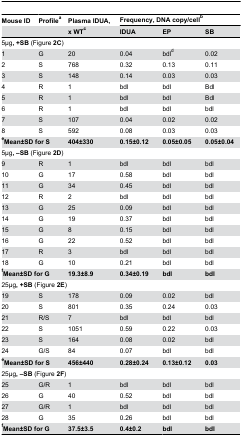
<table><thead><tr><td><b>Mouse ID</b></td><td><b>Profile<sup>a</sup></b></td><td><b>Plasma IDUA, </b></td><td colspan="3"><b>Frequency, DNA copy/cell<sup>b</sup></b></td></tr><tr><td></td><td></td><td><b>x WT<sup>c</sup></b></td><td><b>IDUA</b></td><td><b>EP</b></td><td><b>SB</b></td></tr></thead><tbody><tr><td colspan="6">5μg<b>, +SB</b> (Figure <b>2C</b>)</td></tr><tr><td>1</td><td>G</td><td>20</td><td>0.04</td><td>bdl<sup>d</sup></td><td>0.02</td></tr><tr><td>2</td><td>S</td><td>768</td><td>0.32</td><td>0.13</td><td>0.11</td></tr><tr><td>3</td><td>S</td><td>148</td><td>0.14</td><td>0.03</td><td>0.03</td></tr><tr><td>4</td><td>R</td><td>1</td><td>bdl</td><td>bdl</td><td>Bdl</td></tr><tr><td>5</td><td>R</td><td>1</td><td>bdl</td><td>bdl</td><td>Bdl</td></tr><tr><td>6</td><td>R</td><td>1</td><td>bdl</td><td>bdl</td><td>bdl</td></tr><tr><td>7</td><td>S</td><td>107</td><td>0.04</td><td>0.02</td><td>0.02</td></tr><tr><td>8</td><td>S</td><td>592</td><td>0.08</td><td>0.03</td><td>0.03</td></tr><tr><td colspan="2"><b><sup>e</sup>Mean±SD for S</b></td><td><b>404±330</b></td><td><b>0.15±0.12</b></td><td><b>0.05±0.05</b></td><td><b>0.05±0.04</b></td></tr><tr><td colspan="6">5μg<b>, –SB</b> (Figure <b>2D</b>)</td></tr><tr><td>9</td><td>R</td><td>1</td><td>bdl</td><td>bdl</td><td>bdl</td></tr><tr><td>10</td><td>G</td><td>17</td><td>0.58</td><td>bdl</td><td>bdl</td></tr><tr><td>11</td><td>G</td><td>34</td><td>0.45</td><td>bdl</td><td>bdl</td></tr><tr><td>12</td><td>R</td><td>2</td><td>bdl</td><td>bdl</td><td>bdl</td></tr><tr><td>13</td><td>G</td><td>25</td><td>0.09</td><td>bdl</td><td>bdl</td></tr><tr><td>14</td><td>G</td><td>19</td><td>0.37</td><td>bdl</td><td>bdl</td></tr><tr><td>15</td><td>G</td><td>8</td><td>0.15</td><td>bdl</td><td>bdl</td></tr><tr><td>16</td><td>G</td><td>22</td><td>0.52</td><td>bdl</td><td>bdl</td></tr><tr><td>17</td><td>R</td><td>3</td><td>bdl</td><td>bdl</td><td>bdl</td></tr><tr><td>18</td><td>G</td><td>10</td><td>0.21</td><td>bdl</td><td>bdl</td></tr><tr><td colspan="2"><b><sup>f</sup>Mean±SD for G</b></td><td><b>19.3±8.9</b></td><td><b>0.34±0.19</b></td><td><b>bdl</b></td><td><b>bdl</b></td></tr><tr><td colspan="6">25μg<b>, +SB</b> (Figure <b>2E</b>)</td></tr><tr><td>19</td><td>S</td><td>178</td><td>0.09</td><td>0.02</td><td>bdl</td></tr><tr><td>20</td><td>S</td><td>801</td><td>0.35</td><td>0.24</td><td>0.03</td></tr><tr><td>21</td><td>R/S</td><td>7</td><td>bdl</td><td>bdl</td><td>bdl</td></tr><tr><td>22</td><td>S</td><td>1051</td><td>0.59</td><td>0.22</td><td>0.03</td></tr><tr><td>23</td><td>S</td><td>164</td><td>0.08</td><td>0.02</td><td>bdl</td></tr><tr><td>24</td><td>G/S</td><td>84</td><td>0.07</td><td>bdl</td><td>bdl</td></tr><tr><td colspan="2"><b><sup>e</sup>Mean±SD for S</b></td><td><b>456±440</b></td><td><b>0.28±0.24</b></td><td><b>0.13±0.12</b></td><td><b>0.03</b></td></tr><tr><td colspan="6">25μg<b>, –SB</b> (Figure <b>2F</b>)</td></tr><tr><td>25</td><td>G/R</td><td>1</td><td>bdl</td><td>bdl</td><td>bdl</td></tr><tr><td>26</td><td>G</td><td>40</td><td>0.52</td><td>bdl</td><td>bdl</td></tr><tr><td>27</td><td>G/R</td><td>1</td><td>bdl</td><td>bdl</td><td>bdl</td></tr><tr><td>28</td><td>G</td><td>35</td><td>0.26</td><td>bdl</td><td>bdl</td></tr><tr><td colspan="2"><b><sup>f</sup>Mean±SD for G</b></td><td><b>37.5±3.5</b></td><td><b>0.4±0.2</b></td><td><b>bdl</b></td><td><b>bdl</b></td></tr></tbody></table>